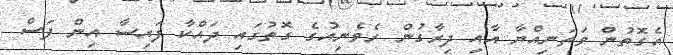
އެގޮތުން ވަތަނިއްޔާ އާއި ދިރާގުން ރެވެނިއުގެ ގޮތުގައި ދައްކާ ފައިސާ އިން ފަސް